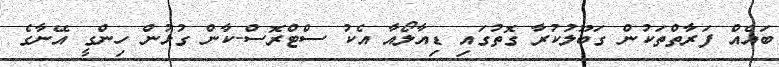
ބައެއް ފަރާތްތަކުން ގަބޫލުކުރާ ގޮތުގައި ޑިއާލޯއާ އެކު ސްޓްރޮސް-ކާން ގުޅުން ހިންގީ އޭނާގެ